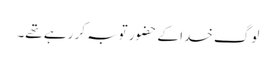
لوگ خدا کے حضور توبہ کر رہے تھے۔